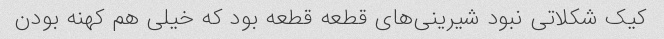
کیک شکلاتی نبود شیرینی‌های قطعه قطعه بود که خیلی هم کهنه بودن